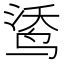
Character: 𲍼